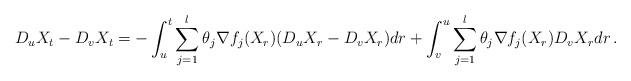
LaTeX: \begin{align*} D_uX_t - D_v X_t = -\int_u^t \sum_{j=1}^l \theta_j \nabla f_j(X_r) (D_u X_r - D_v X_r) dr + \int_v^u \sum_{j=1}^l \theta_j \nabla f_j(X_r) D_vX_r dr \,.\end{align*}